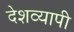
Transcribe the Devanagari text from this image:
देशव्‍यापी